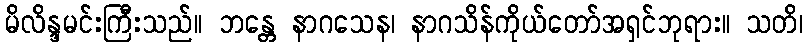
မိလိန္ဒမင်းကြီးသည်။ ဘန္တေ နာဂသေန၊ နာဂသိန်ကိုယ်တော်အရှင်ဘုရား။ သတိ၊